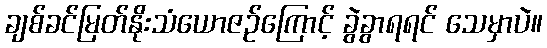
ချစ်ခင်မြတ်နိုးသံယောဇဉ်ကြောင့် ခွဲခွာရရင် သေမှာပဲ။